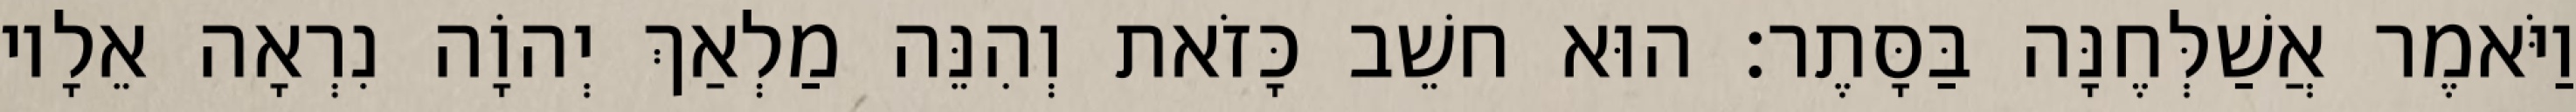
וַיֹּאמֶר אֲשַׁלְּחֶנָּה בַּסָּתֶר׃ הוּא חשֵׁב כָּזֹאת וְהִנֵּה מַלְאַךְ יְהוָֹה נִרְאָה אֵלָיו